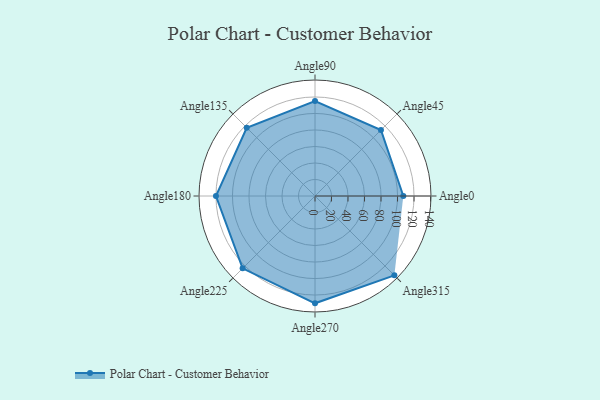
{"axis": {"x": "Angle", "y": "Radius"}, "legend": [""], "data": [{"x": "Angle0", "y": 107.0, "type": ""}, {"x": "Angle45", "y": 113.0, "type": ""}, {"x": "Angle90", "y": 115.0, "type": ""}, {"x": "Angle135", "y": 117.0, "type": ""}, {"x": "Angle180", "y": 120.0, "type": ""}, {"x": "Angle225", "y": 124.0, "type": ""}, {"x": "Angle270", "y": 130.0, "type": ""}, {"x": "Angle315", "y": 136.0, "type": ""}]}